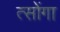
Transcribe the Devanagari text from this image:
त्सोंगा